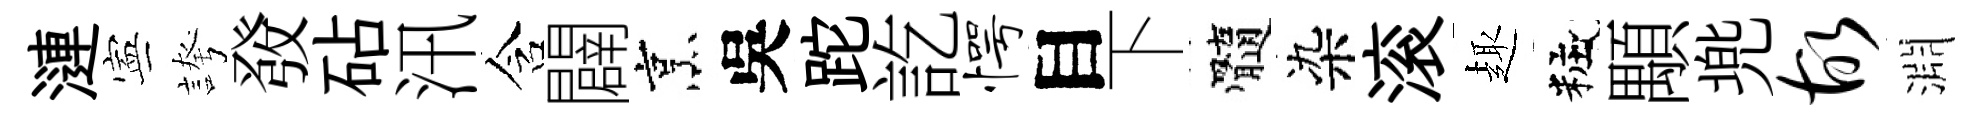
漣寕誇𤼲砧汛含闢烹吳跎訖愕目下髓染滚趣粧顒兠故淵